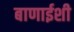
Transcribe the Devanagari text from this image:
बाणाईशी